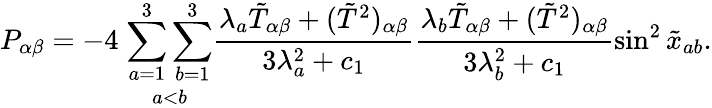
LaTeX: P_{\alpha\beta}=-4\; \underset{a<b}{\sum_{a=1}^{3}\sum_{b=1}^{3}}\frac{\lambda_{a}\tilde{T}_{\alpha\beta}+(\tilde{T}^{2})_{\alpha\beta}}{3\lambda_{a}^{2}+c_{1}}\frac{\lambda_{b}\tilde{T}_{\alpha\beta}+(\tilde{T}^{2})_{\alpha\beta}}{3\lambda_{b}^{2}+c_{1}}\sin^{2}\tilde{x}_{ab}.